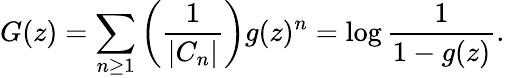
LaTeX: G(z)=\sum_{n\geq 1}\left({\frac{1}{|C_{n}|}}\right)g(z)^{n}=\log{\frac{1}{1-g(z)}}.